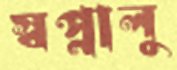
স্বপ্নালু